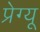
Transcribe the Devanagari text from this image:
प्रेग्यू